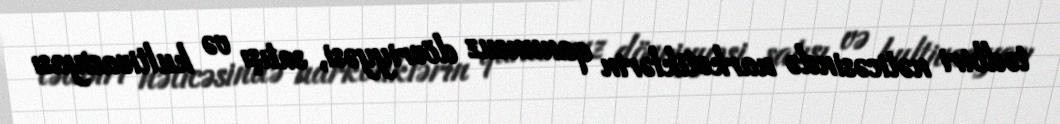
tədbiri nəticəsində narkotiklərin qanunsuz dövriyyəsi, satışı və kultivasiyası